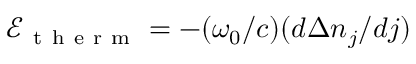
\mathcal { E } _ { \mathrm { ~ t ~ h ~ e ~ r ~ m ~ } } = - ( \omega _ { 0 } / c ) ( d \Delta n _ { j } / d j )